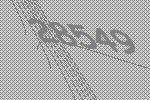
28549